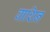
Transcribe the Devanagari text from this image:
वाशिन